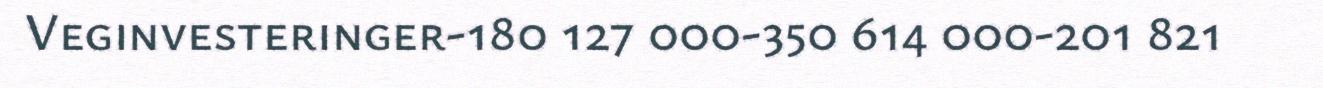
Veginvesteringer-180 127 000-350 614 000-201 821